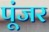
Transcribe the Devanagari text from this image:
पूंजर